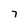
Character: 7